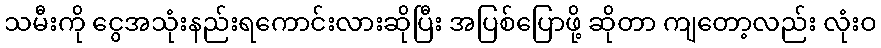
သမီးကို ငွေအသုံးနည်းရကောင်းလားဆိုပြီး အပြစ်ပြောဖို့ ဆိုတာ ကျတော့လည်း လုံးဝ